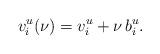
LaTeX: \begin{align*} v^u_i(\nu) = v_i^u + \nu \, b_i^u.\end{align*}